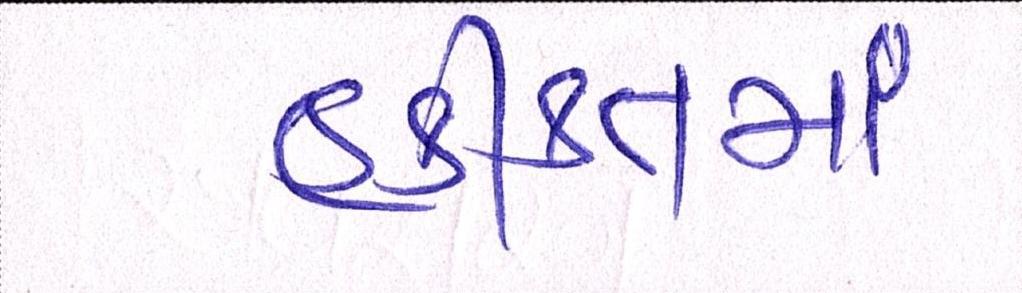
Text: હકીકતમાં